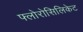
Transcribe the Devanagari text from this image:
फ्लोरोसिलिकेट